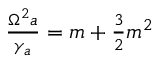
\begin{array} { r } { \frac { \Omega ^ { 2 } a } { \gamma _ { a } } = m + \frac { 3 } { 2 } m ^ { 2 } } \end{array}